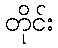
တိုင်း